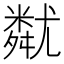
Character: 𡰚